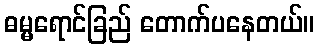
ဓမ္မရောင်ခြည် တောက်ပနေတယ်။